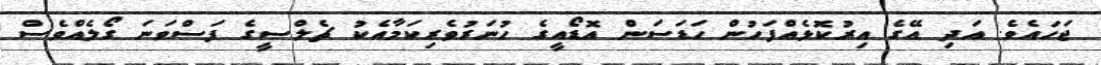
ޖަހައެވެ. އަދި އޭގެ އިރުކޮޅެއްފަހުން ހަޑަސަން އޮޑޯއީގެ ހުނަރުވެރިކަމާއެކު ޗެލްސީގެ ފަސްވަނަ ގޯލެއްވެސް